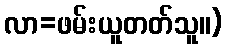
လာ=ဖမ်းယူတတ်သူ။)